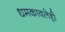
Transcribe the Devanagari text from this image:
धमकावलेही